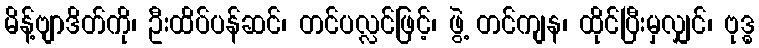
မိန့်ဗျာဒိတ်ကို၊ ဦးထိပ်ပန်ဆင်၊ တင်ပလ္လင်ဖြင့်၊ ဖွဲ့ တင်ကျန၊ ထိုင်ပြီးမှလျှင်၊ ဗုဒ္ဓ